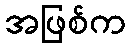
အဖြစ်က